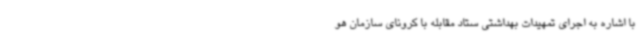
با اشاره به اجرای تمهیدات بهداشتی ستاد مقابله با کرونای سازمان هو